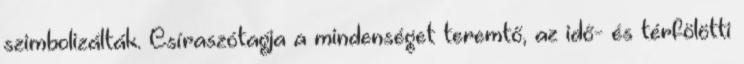
szimbolizálták. Csíraszótagja a mindenséget teremtő, az idő- és térfölötti